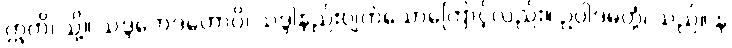
ဣတိ၊ သို့။ သဒ္ဒဘေဒတောပိ၊ သဒ္ဒါနည်းပျက်သောကြောင့်လည်း။ ဥပ္ပါဒမတ္တံ၊ သည်။ န